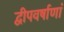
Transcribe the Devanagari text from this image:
द्वीपवर्षाणां